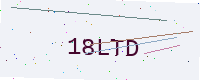
Text: 18LTD